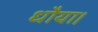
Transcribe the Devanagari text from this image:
धौया।